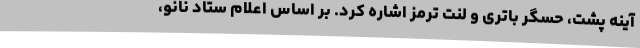
آینه پشت، حسگر باتری و لنت ترمز اشاره کرد. بر اساس اعلام ستاد نانو،